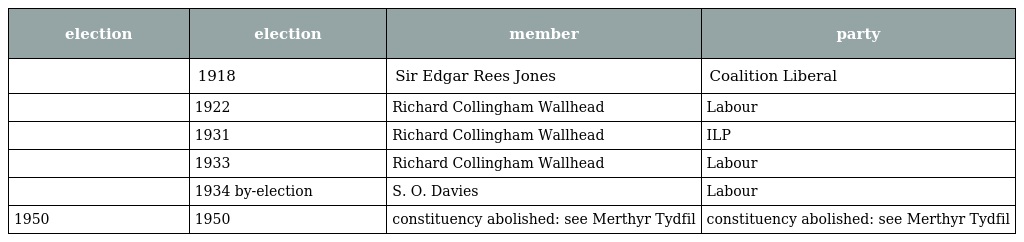
| election | election | member | party |
 | --- | --- | --- | --- |
 |  | 1918 | Sir Edgar Rees Jones | Coalition Liberal |
 |  | 1922 | Richard Collingham Wallhead | Labour |
 |  | 1931 | Richard Collingham Wallhead | ILP |
 |  | 1933 | Richard Collingham Wallhead | Labour |
 |  | 1934 by-election | S. O. Davies | Labour |
 | 1950 | 1950 | constituency abolished: see Merthyr Tydfil | constituency abolished: see Merthyr Tydfil |